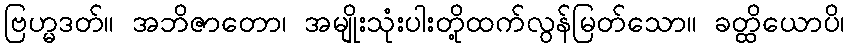
ဗြဟ္မဒတ်။ အဘိဇာတော၊ အမျိုးသုံးပါးတို့ထက်လွန်မြတ်သော။ ခတ္ထိယောပိ၊